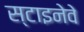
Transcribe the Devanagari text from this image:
स्टाइनेवे